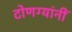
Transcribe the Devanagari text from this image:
टोणग्यांनीं